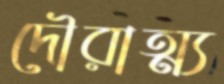
দৌরাত্ম্য